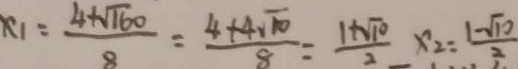
x _ { 1 } = \frac { 4 + \sqrt { 1 6 0 } } { 8 } = \frac { 4 + 4 \sqrt { 1 0 } } { 8 } = \frac { 1 + \sqrt { 1 0 } } { 2 } x _ { 2 } = \frac { 1 - \sqrt { 1 0 } } { 2 }